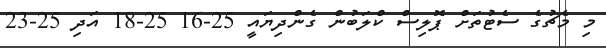
މި މެޗުގެ ސެޓުތަށް ޕޮލިސް ކްލަބުން ގެންދިޔައީ 25-16 25-18 އަދި 25-23